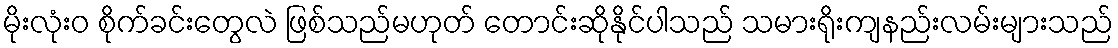
မိုးလုံး၀ စိုက်ခင်းတွေလဲ ဖြစ်သည်မဟုတ် တောင်းဆိုနိုင်ပါသည် သမားရိုးကျနည်းလမ်းများသည်